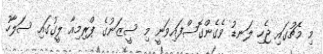
މި މެޗުގައި ޖެހި ލަނޑު ވެގެންގޮސްފައިވަނީ މި ސީޒަނުގެ ޕްރިމިއާ ލީގުގައި ސަލާހު